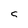
Character: 5